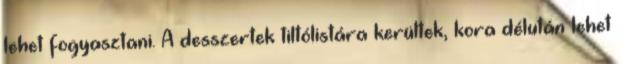
lehet fogyasztani. A desszertek tiltólistára kerültek, kora délután lehet